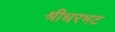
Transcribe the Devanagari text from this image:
श्रीधरभट